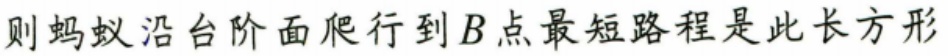
则蚂蚁沿台阶面爬行到\(B\)点最短路程是此长方形